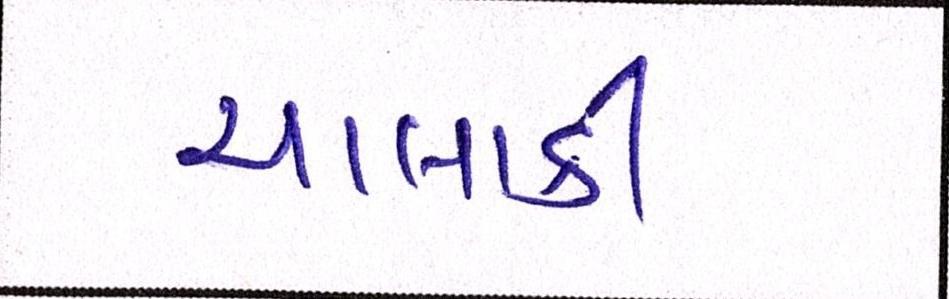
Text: ચાલાકી